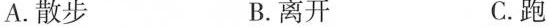
A.散步 B.离开 C.跑